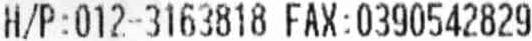
H/P:012-3163818 FAX:0390542829